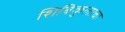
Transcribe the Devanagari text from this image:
शिबिकुलाचा